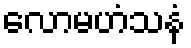
လောမဟံသနံ